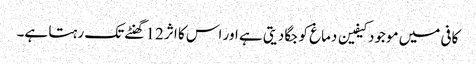
کافی میں موجود کیفین دماغ کو جگا دیتی ہے اور اس کا اثر 12 گھنٹے تک رہتا ہے۔